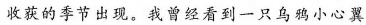
收获的季节出现。我曾经看到一只乌鸦小心翼